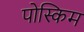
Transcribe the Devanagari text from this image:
पोस्किम